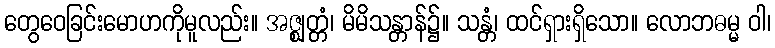
တွေဝေခြင်းမောဟကိုမူလည်း။ အဇ္ဈတ္တံ၊ မိမိသန္တာန်၌။ သန္တံ၊ ထင်ရှားရှိသော။ လောဘဓမ္မ ဝါ၊